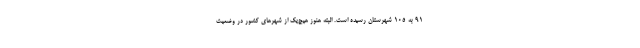
۹۱ به ۱۰۵ شهرستان رسیده است. البته هنوز هیچ‌یک از شهرهای کشور در وضعیت